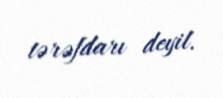
tərəfdarı deyil.